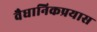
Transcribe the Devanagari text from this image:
वैधानिकप्रयास